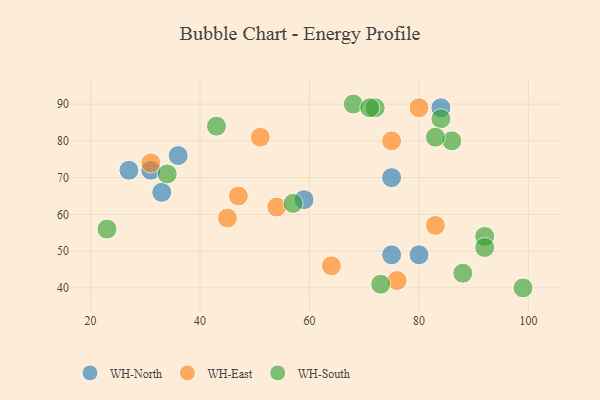
{"axis": {"x": "GDP", "y": "Life Expectancy"}, "legend": ["WH-East", "WH-North", "WH-South"], "data": [{"x": "75", "y": 49, "type": "WH-North"}, {"x": "84", "y": 89, "type": "WH-North"}, {"x": "36", "y": 76, "type": "WH-North"}, {"x": "33", "y": 66, "type": "WH-North"}, {"x": "80", "y": 49, "type": "WH-North"}, {"x": "31", "y": 72, "type": "WH-North"}, {"x": "75", "y": 70, "type": "WH-North"}, {"x": "27", "y": 72, "type": "WH-North"}, {"x": "59", "y": 64, "type": "WH-North"}, {"x": "31", "y": 74, "type": "WH-East"}, {"x": "76", "y": 42, "type": "WH-East"}, {"x": "45", "y": 59, "type": "WH-East"}, {"x": "75", "y": 80, "type": "WH-East"}, {"x": "64", "y": 46, "type": "WH-East"}, {"x": "51", "y": 81, "type": "WH-East"}, {"x": "80", "y": 89, "type": "WH-East"}, {"x": "83", "y": 57, "type": "WH-East"}, {"x": "54", "y": 62, "type": "WH-East"}, {"x": "47", "y": 65, "type": "WH-East"}, {"x": "73", "y": 41, "type": "WH-South"}, {"x": "23", "y": 56, "type": "WH-South"}, {"x": "68", "y": 90, "type": "WH-South"}, {"x": "34", "y": 71, "type": "WH-South"}, {"x": "43", "y": 84, "type": "WH-South"}, {"x": "88", "y": 44, "type": "WH-South"}, {"x": "84", "y": 86, "type": "WH-South"}, {"x": "86", "y": 80, "type": "WH-South"}, {"x": "99", "y": 40, "type": "WH-South"}, {"x": "83", "y": 81, "type": "WH-South"}, {"x": "92", "y": 54, "type": "WH-South"}, {"x": "57", "y": 63, "type": "WH-South"}, {"x": "72", "y": 89, "type": "WH-South"}, {"x": "92", "y": 51, "type": "WH-South"}, {"x": "71", "y": 89, "type": "WH-South"}]}